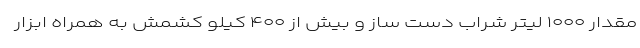
مقدار ۱۰۰۰ لیتر شراب دست ساز و بیش از ۴۰۰ کیلو کشمش به همراه ابزار